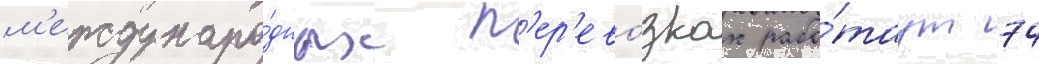
м'еждунаро́дных п'ер'ево́зках рабо́таут 74